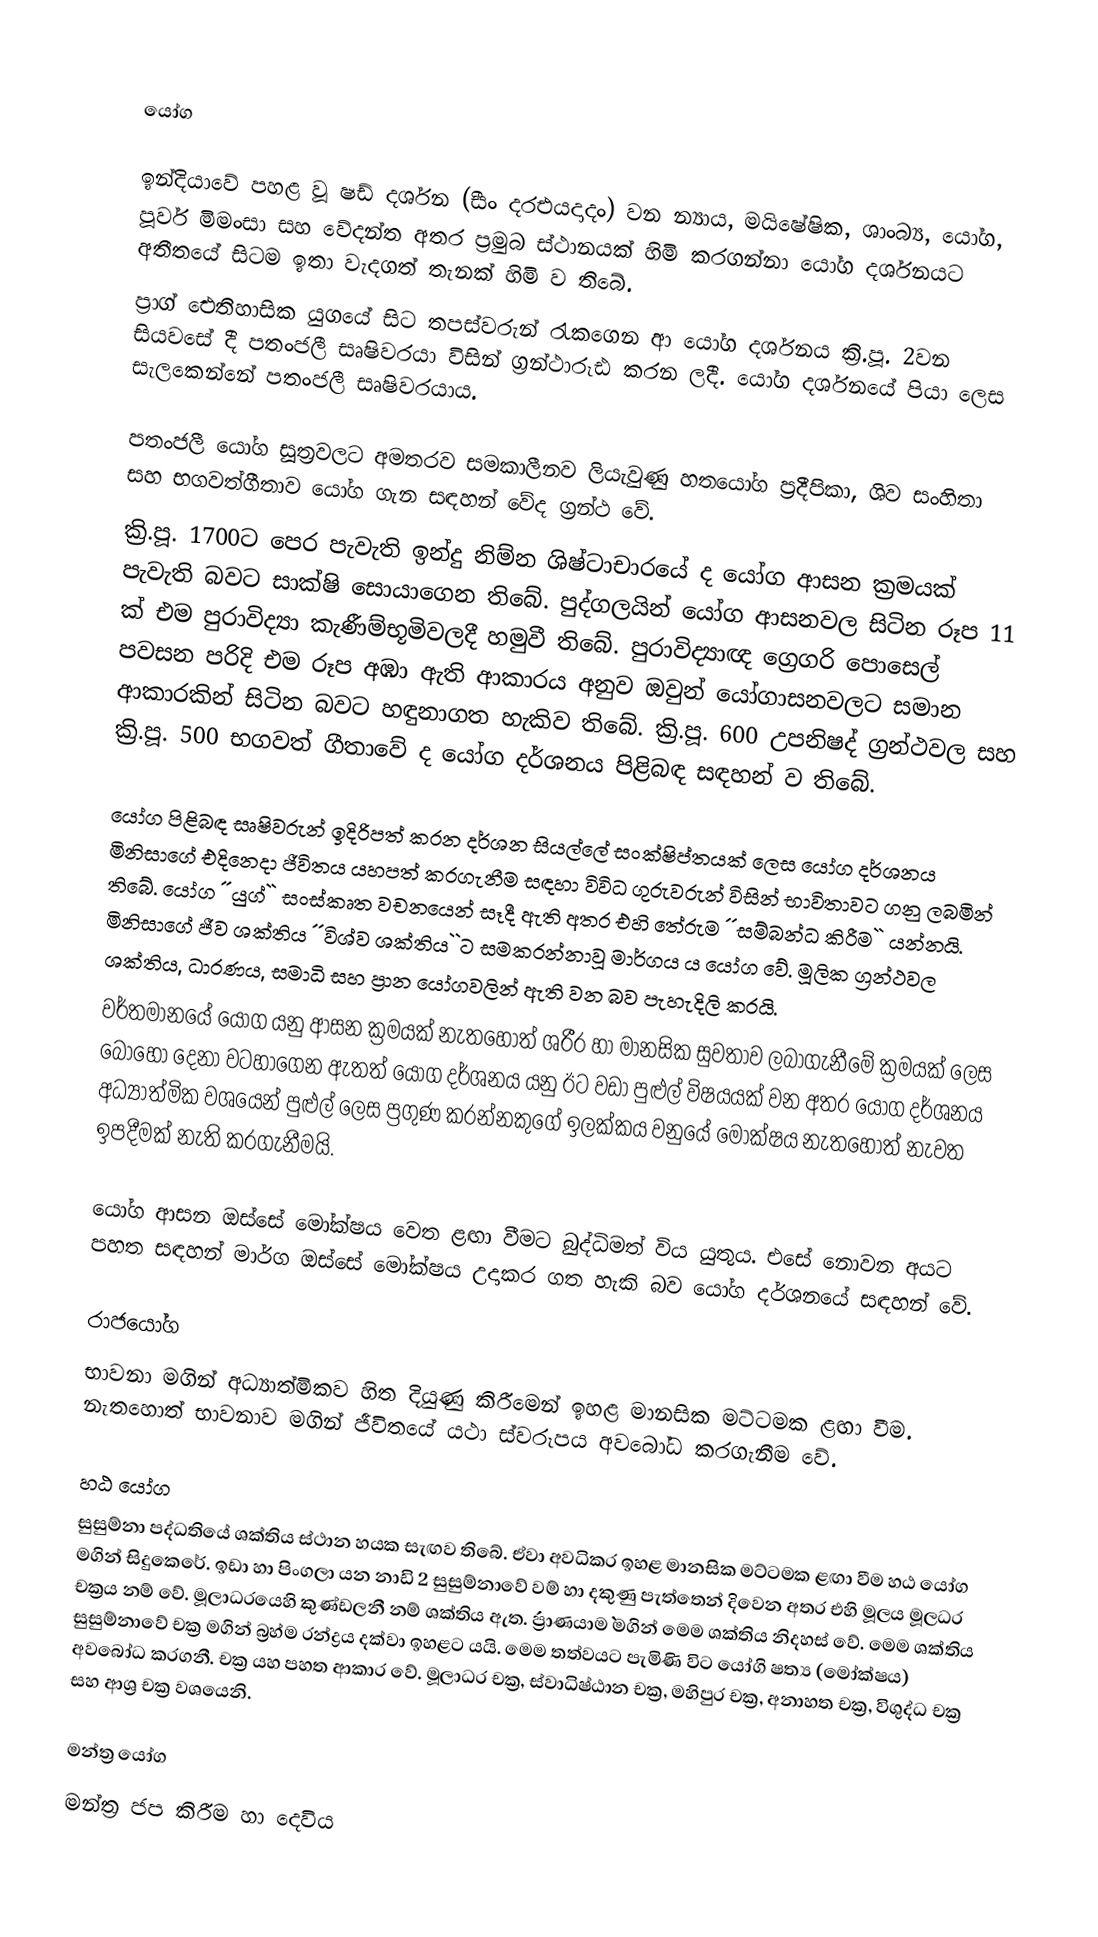

යෝග

ඉන්දියාවේ පහළ වූ ෂඩ් දර්ශන (ීසං දරඑයදාදං) වන න්‍යාය, මයිෂේෂික, ශාංබ්‍ය, යෝග, පූර්ව මිමංසා සහ වේදන්ත අතර ප්‍රමුබ ස්ථානයක් හිමි කරගන්නා යෝග දර්ශනයට අතීතයේ සිටම ඉතා වැදගත් තැනක් හිමි ව තිබේ.
ප්‍රාග් ඓතිහාසික යුගයේ සිට තපස්වරුන් රැකගෙන ආ යෝග දර්ශනය ක්‍රි.පූ. 2වන සියවසේ දී පතංජලී සෘෂිවරයා විසින් ග්‍රන්ථාරූඪ කරන ලදී. යෝග දර්ශනයේ පියා ලෙස සැලකෙන්නේ පතංජලී සෘෂිවරයාය.

පතංජලී යෝග සූත්‍රවලට අමතරව සමකාලීනව ලියැවුණු හතයෝග ප්‍රදීපිකා, ශිව සංහිතා සහ භගවත්ගීතාව යෝග ගැන සඳහන් වේද ග්‍රන්ථ වේ.
ක්‍රි.පූ. 1700ට පෙර පැවැති ඉන්දු නිම්න ශිෂ්ටාචාරයේ ද යෝග ආසන ක්‍රමයක් පැවැති බවට සාක්ෂි සොයාගෙන තිබේ. පුද්ගලයින් යෝග ආසනවල සිටින රූප 11 ක් එම පුරාවිද්‍යා කැණීම්භූමිවලදී හමුවී තිබේ. පුරාවිද්‍යාඥ ග්‍රෙගරි පොසෙල් පවසන පරිදි එම රූප අඹා ඇති ආකාරය අනුව ඔවුන් යෝගාසනවලට සමාන ආකාරකින් සිටින බවට හඳුනාගත හැකිව තිබේ. ක්‍රි.පූ. 600 උපනිෂද් ග්‍රන්ථවල සහ ක්‍රි.පූ. 500 භගවත් ගීතාවේ ද යෝග දර්ශනය පිළිබඳ සඳහන් ව තිබේ.

යෝග පිළිබඳ සෘෂිවරුන් ඉදිරිපත් කරන දර්ශන සියල්ලේ සංක්ෂිප්තයක් ලෙස යෝග දර්ශනය මිනිසාගේ එදිනෙදා ජීවිතය යහපත් කරගැනීම සඳහා විවිධ ගුරුවරුන් විසින් භාවිතාවට ගනු ලබමින් තිබේ. යෝග ´´යුග්`` සංස්කෘත වචනයෙන් සෑදී ඇති අතර එහි තේරුම ´´සම්බන්ධ කිරීම`` යන්නයි. මිනිසාගේ ජීව ශක්තිය ´´විශ්ව ශක්තිය``ට සමකරන්නාවූ මාර්ගය ය යෝග වේ. මූලික ග්‍රන්ථවල ශක්තිය, ධාරණය, සමාධි සහ ප්‍රාන යෝගවලින් ඇති වන බව පැහැදිලි කරයි.
වර්තමානයේ යෝග යනු ආසන ක්‍රමයක් නැතහොත් ශරීර හා මානසික සුවතාව ලබාගැනීමේ ක්‍රමයක් ලෙස බොහෝ දෙනා වටහාගෙන ඇතත් යෝග දර්ශනය යනු ඊට වඩා පුළුල් විෂයයක් වන අතර යෝග දර්ශනය අධ්‍යාත්මික වශයෙන් පුළුල් ලෙස ප්‍රගුණ කරන්නකුගේ ඉලක්කය වනුයේ මෝක්ෂය නැතහොත් නැවත ඉපදීමක් නැති කරගැනීමයි.

යෝග ආසන ඔස්සේ මෝක්ෂය වෙත ළඟා වීමට බුද්ධිමත් විය යුතුය. එසේ නොවන අයට පහත සඳහන් මාර්ග ඔස්සේ මෝක්ෂය උදාකර ගත හැකි බව යෝග දර්ශනයේ සඳහන් වේ.

රාජයෝග
භාවනා මගින් අධ්‍යාත්මිකව හිත දියුණු කිරීමෙන් ඉහළ මානසික මට්ටමක ළඟා වීම. නැතහොත් භාවනාව මගින් ජීවිතයේ යථා ස්වරූපය අවබෝධ කරගැනීම වේ.

හඨ යෝග
සුසුම්නා පද්ධතියේ ශක්තිය ස්ථාන හයක සැඟව තිබේ. ඒවා අවධිකර ඉහළ මානසික මට්ටමක ළඟා වීම හඨ යෝග මගින් සිදුකෙරේ. ඉඩා හා පිංගලා යන නාඩි 2 සුසුම්නාවේ වම් හා දකුණු පැත්තෙන් දිවෙන අතර එහි මූලය මූලධර චක්‍රය නම් වේ. මූලාධරයෙහි කුණ්ඩලනී නම් ශක්තිය ඇත. ´´ප්‍රාණයාම`` මගින් මෙම ශක්තිය නිදහස් වේ. මෙම ශක්තිය සුසුම්නාවේ චක්‍ර මගින් බ්‍රහ්ම රන්ද්‍රය දක්වා ඉහළට යයි. මෙම තත්වයට පැමිණි විට යෝගි ෂත්‍ය (මෝක්ෂය) අවබෝධ කරගනී. චක්‍ර යහ පහත ආකාර වේ. මූලාධර චක්‍ර, ස්වාධිෂ්ඨාන චක්‍ර, මහිපුර චක්‍ර, අනාහත චක්‍ර, විශුද්ධ චක්‍ර සහ ආශ්‍ර චක්‍ර වශයෙනි.

මන්ත්‍ර යෝග
මන්ත්‍ර ජප කිරීම හා දෙවිය